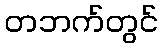
တဘက်တွင်